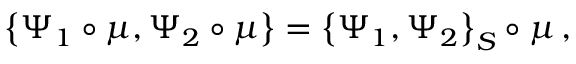
\left\{ \Psi _ { 1 } \circ \mu , \Psi _ { 2 } \circ \mu \right\} = \left\{ \Psi _ { 1 } , \Psi _ { 2 } \right\} _ { S } \circ \mu \, ,